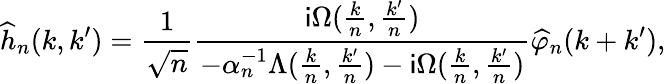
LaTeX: \widehat{h}_{n}(k,k^{\prime})=\frac{1}{\sqrt{n}}\frac{\mathsf{i}\Omega(\frac{k}{n},\frac{k^{\prime}}{n})}{-\alpha_{n}^{-1}\Lambda(\frac{k}{n},\frac{k^{\prime}}{n})-\mathsf{i}\Omega(\frac{k}{n},\frac{k^{\prime}}{n})}\widehat{\varphi}_{n}(k+k^{\prime}),